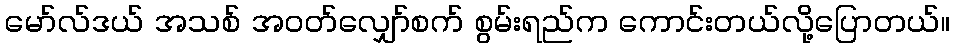
မော်လ်ဒယ် အသစ် အဝတ်လျှော်စက် စွမ်းရည်က ကောင်းတယ်လို့ပြောတယ်။